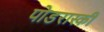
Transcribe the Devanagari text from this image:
पोडरास्की